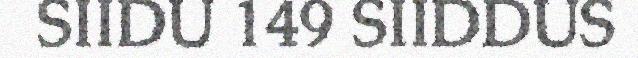
SIIDU 149 SIIDDUS